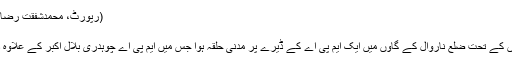
(رپورٹ، محمدشفقت رضاعطاری، ریجن ذمہ داراطراف گاؤں)
ناروال کے گاؤں میں مدنی حلقہ
دعوتِ اسلامی کی مجلس اطراف گاؤں کے تحت ضلع ناروال کے گاؤں میں ایک ایم پی اے کے ڈیرے پر مدنی حلقہ ہوا جس میں ایم پی اے چوہدری بلال اکبر کے علاوہ دیگر اسلامی بھائیوں نے شرکت کی۔